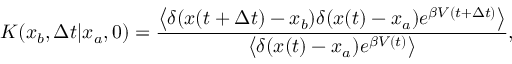
K ( x _ { b } , \Delta t | x _ { a } , 0 ) = \frac { \left< \delta ( x ( t + \Delta t ) - x _ { b } ) \delta ( x ( t ) - x _ { a } ) e ^ { \beta V ( t + \Delta t ) } \right> } { \left< \delta ( x ( t ) - x _ { a } ) e ^ { \beta V ( t ) } \right> } ,